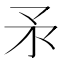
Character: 𰦍